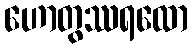
ဟောတွဿရထော